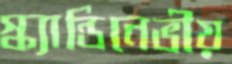
স্ক্যান্ডিনেভীয়